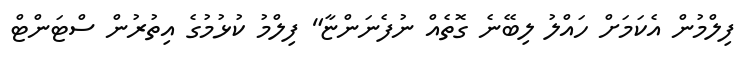
ފިލްމުން އެކަމަށް ހައްލު ލިބޭނެ ގޮތެއް ނުފެނަންޏާ" ފިލްމު ކުޅުމުގެ އިތުރުން ސްޓަންޓް